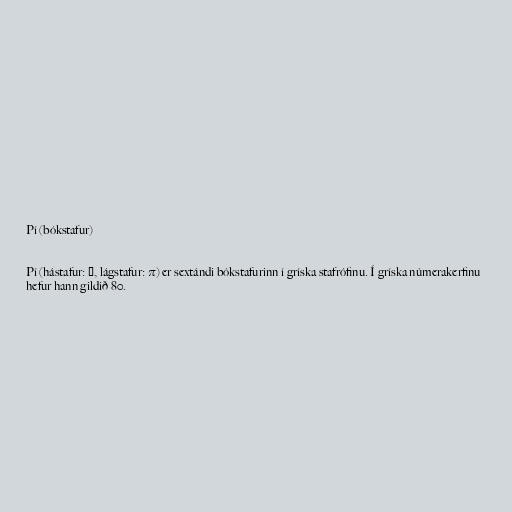
Pí (bókstafur)

Pí (hástafur: Π, lágstafur: π) er sextándi bókstafurinn í gríska stafrófinu. Í gríska númerakerfinu
hefur hann gildið 80.